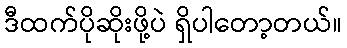
ဒီထက်ပိုဆိုးဖို့ပဲ ရှိပါတော့တယ်။